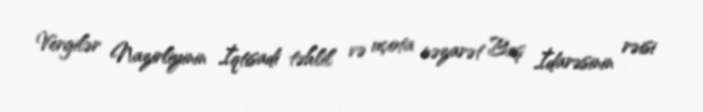
Vergilər Nazirliyinin İqtisadi təhlil və uçota nəzarət Baş İdarəsinin rəisi